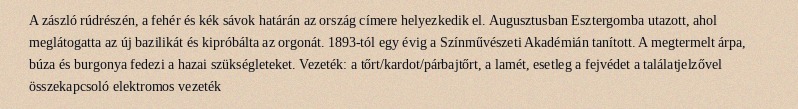
A zászló rúdrészén, a fehér és kék sávok határán az ország címere helyezkedik el. Augusztusban Esztergomba utazott, ahol meglátogatta az új bazilikát és kipróbálta az orgonát. 1893-tól egy évig a Színművészeti Akadémián tanított. A megtermelt árpa, búza és burgonya fedezi a hazai szükségleteket. Vezeték: a tőrt/kardot/párbajtőrt, a lamét, esetleg a fejvédet a találatjelzővel összekapcsoló elektromos vezeték